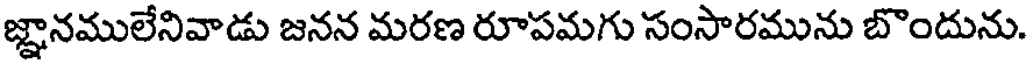
జ్ఞానములేనివాడు జనన మరణ రూపమగు సంసారమును బొందును.